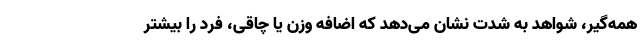
همه‌گیر، شواهد به شدت نشان می‌دهد که اضافه وزن یا چاقی، فرد را بیشتر